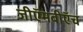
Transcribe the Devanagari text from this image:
जीऍमबीऍच